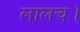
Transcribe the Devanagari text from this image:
लालच।